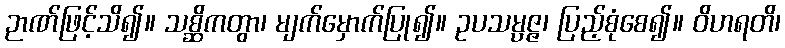
ဉာဏ်ဖြင့်သိ၍။ သစ္ဆိကတွာ၊ မျက်မှောက်ပြု၍။ ဥပသမ္ပဇ္ဇ၊ ပြည့်စုံစေ၍။ ဝိဟရတိ၊